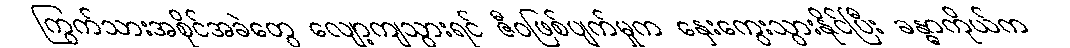
ကြွက်သားအစိုင်အခဲတွေ လျော့ကျသွားရင် ဇီဝဖြစ်ပျက်မှုက နှေးကွေးသွားနိုင်ပြီး ခန္ဓာကိုယ်က